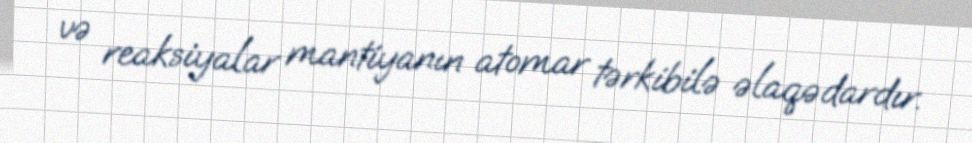
və reaksiyalar mantiyanın atomar tərkibilə əlaqədardır.